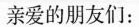
亲爱的朋友们：